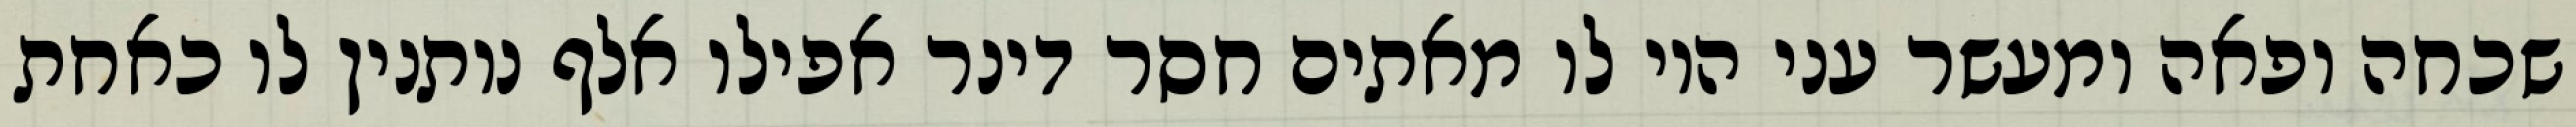
שכחה ופאה ומעשר עני היו לו מאתים חסר דינר אפילו אלף נותנין לו כאחת